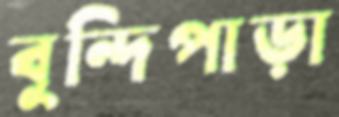
বুন্দিপাড়া